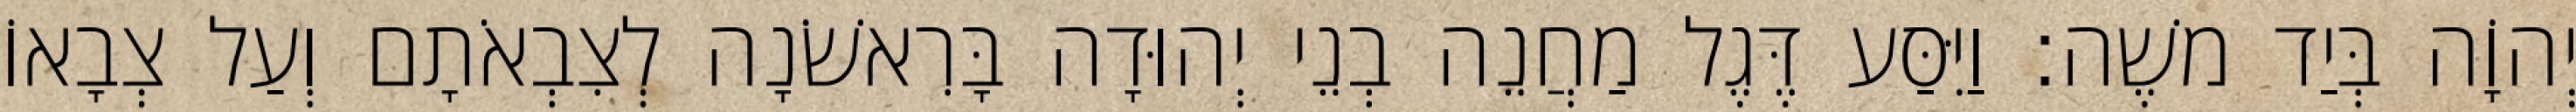
יְהוָֹה בְּיַד משֶׁה׃ וַיִּסַּע דֶּגֶל מַחֲנֵה בְנֵי יְהוּדָה בָּרִאשֹׁנָה לְצִבְאֹתָם וְעַל צְבָאוֹ